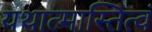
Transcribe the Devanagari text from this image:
यथात्मास्तित्वं